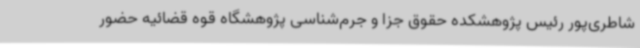
شاطری‌پور رئیس پژوهشکده حقوق جزا و جرم‌شناسی پژوهشگاه قوه قضائیه حضور